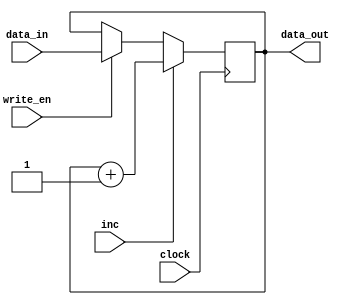
module PC(clock, write_en, inc, data_in, data_out);

input clock;
input inc;   //this is the control signal
input[15:0] data_in;
input write_en;
output reg[15:0] data_out;

initial 
    begin
        data_out <= 16'd1;
    end
always @(posedge clock)
begin

if(write_en == 1)

data_out <= data_in ;// why is data in needed


if (inc == 1)

data_out <= data_out + 16'd1;

end

endmodule